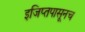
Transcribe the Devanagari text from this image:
इजिप्तपासूनच